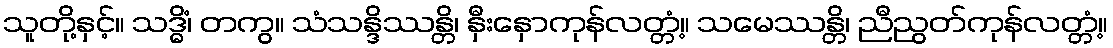
သူတို့နှင့်။ သဒ္ဓိံ၊ တကွ။ သံသန္ဒိဿန္တိ၊ နှီးနှောကုန်လတ္တံ့။ သမေဿန္တိ၊ ညီညွတ်ကုန်လတ္တံ့။